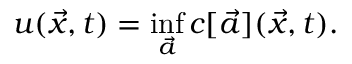
u ( \vec { x } , t ) = \operatorname* { i n f } _ { \vec { a } } c [ \vec { a } ] ( \vec { x } , t ) .